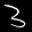
Label: 3